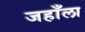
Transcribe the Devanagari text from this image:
जहाँला